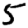
Digit: 5